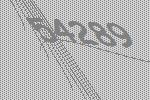
54289